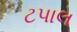
ટપાલ